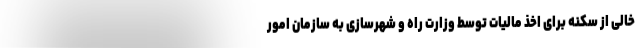
خالی از سکنه برای اخذ مالیات توسط وزارت راه و شهرسازی به سازمان امور